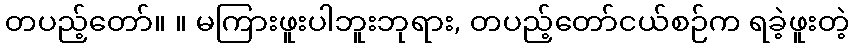
တပည့်တော်။ ။ မကြားဖူးပါဘူးဘုရား, တပည့်တော်ငယ်စဉ်က ရခဲ့ဖူးတဲ့